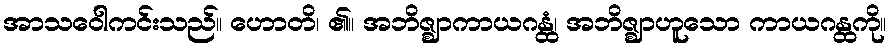
အာသဝေါကင်းသည်။ ဟောတိ၊ ၏။ အဘိဇ္ဈာကာယဂန္ထံ၊ အဘိဇ္ဈာဟူသော ကာယဂန္ထကို။